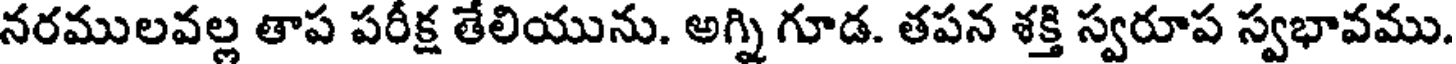
నరములవల్ల తాప పరీక్ష తేలియును. అగ్ని గూడ. తపన శక్తి స్వరూప స్వభావము.